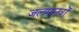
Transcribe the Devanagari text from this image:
जलमानवों